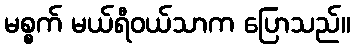
မစ္စက် မယ်ရီဝယ်သာက ပြောသည်။